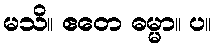
မသိ။ ဧတေ ဓမ္မာ။ ပ။